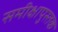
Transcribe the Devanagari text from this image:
समीक्षापुस्तक